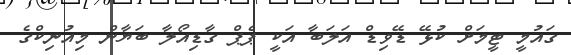
ގައުމީ ޓީމަށް ކުޅޭ ޑޭވިޑް އަލަބާ އަކީ ޕެޕް ގާޑިއޯލާ ބަޔާން މިއުނިކްގެ